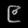
Digit: ၉